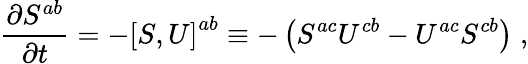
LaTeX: \frac{\partial S^{ab}}{\partial t}=-\left[S,U\right]^{ab}\equiv-\left(S^{ac}U^{cb}-U^{ac}S^{cb}\right)\; ,